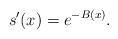
LaTeX: \begin{align*} s'(x)=e^{-B(x)}.\end{align*}